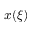
x ( \xi )